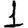
Digit: 1